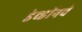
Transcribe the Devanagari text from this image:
डेव्हॉनचे